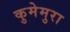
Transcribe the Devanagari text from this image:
कुमेमुरा